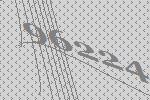
96224